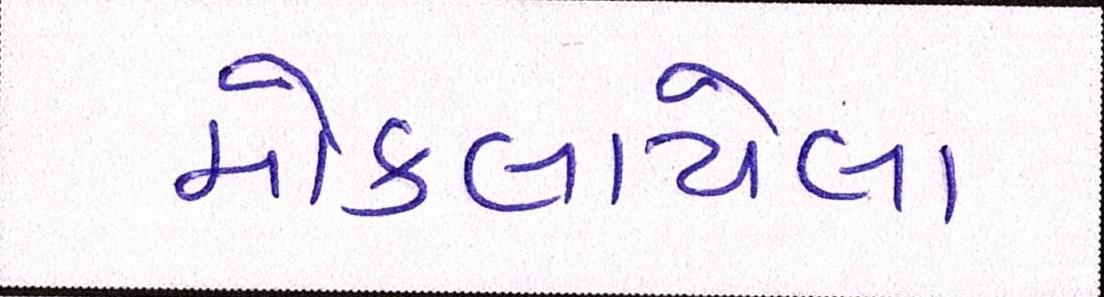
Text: મોકલાયેલા